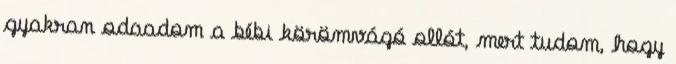
gyakran odaadom a bébi körömvágó ollót, mert tudom, hogy